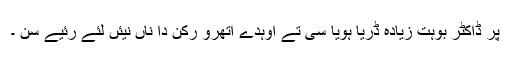
پر ڈاکٹر بوہت زیادہ ڈریا ہویا سی تے اوہدے اتھرو رکن دا ناں نیئں لئے رئیے سن ۔